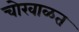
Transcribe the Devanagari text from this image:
चोखाळत